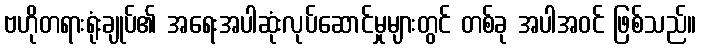
ဗဟိုတရားရုံးချုပ်၏ အရေးအပါဆုံးလုပ်ဆောင်မှုများတွင် တစ်ခု အပါအဝင် ဖြစ်သည်။